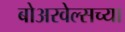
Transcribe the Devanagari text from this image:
बोअरवेल्सच्या